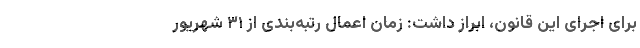
برای اجرای این قانون، ابراز داشت: زمان اعمال رتبه‌بندی از ۳۱ شهریور